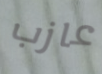
عازب